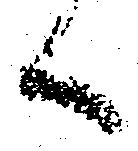
候